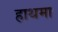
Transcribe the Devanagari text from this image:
हाथमा